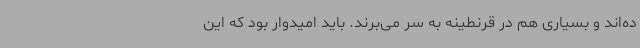
ده‌اند و بسیاری هم در قرنطینه به سر می‌برند. باید امیدوار بود که این